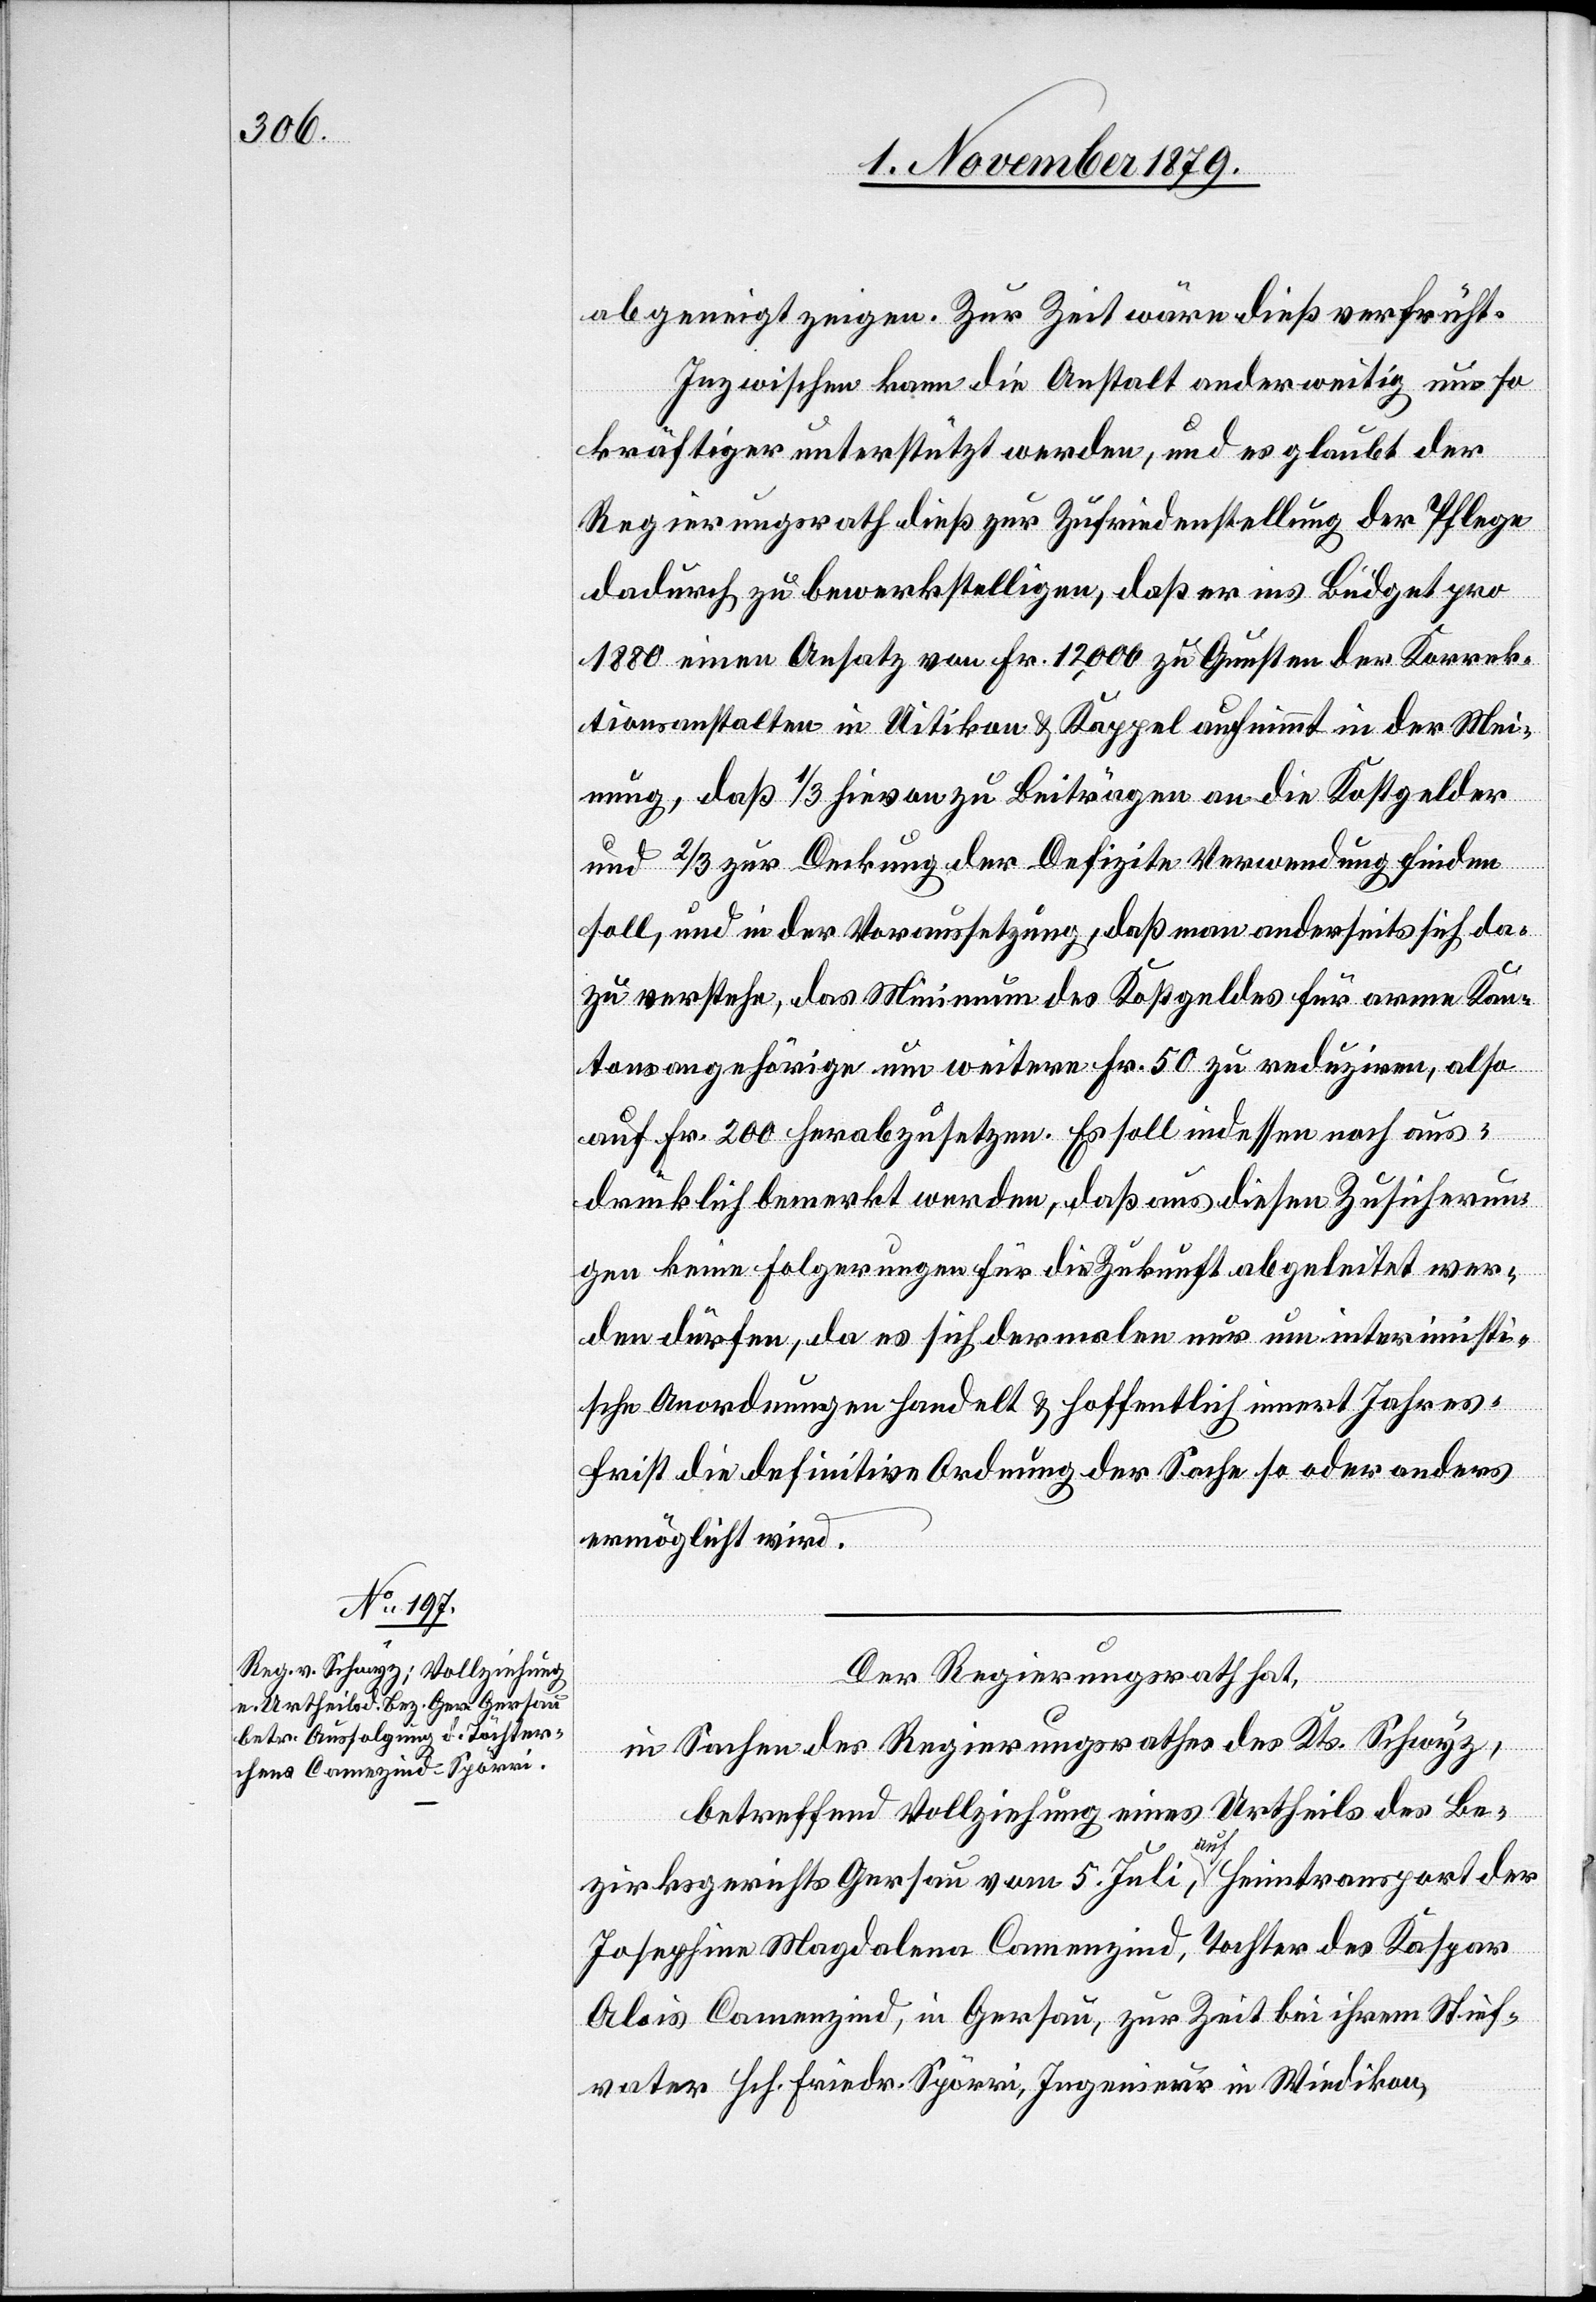
geneigt zeigen. Zur Zeit wäre dieß verfrüht.
Inzwischen kann die Anstalt anderweitig um so
kräftiger unterstützt werden, und es glaubt der
Regierungsrath dieß zur Zufriedenstellung der Pflege
dadurch zu bewerkstelligen, daß er ins Büdget pro
1880 einen Ansatz von Fr. 12,000 zu Gunsten der Korrek¬
tionsanstalten in Uitikon & Kappel aufnimmt in der Mei¬
nung, daß 1/3 hievon zu Beiträgen an die Kostgelder
und 2/3 zur Deckung der Defizite Verwendung finden
soll, und in der Voraussetzung, daß man anderseits sich da¬
zu verstehe, das Minimum des Kostgeldes für arme Kan¬
tonsangehörige um weitere Fr. 50 zu reduziren, also
auf Fr. 200 herabzusetzen. Es soll indessen noch aus¬
drücklich bemerkt werden, daß aus diesen Zusicherun¬
gen keine Folgerungen für die Zukunft abgeleitet wer¬
den dürfen, da es sich dermalen nur um interimisti¬
sche Anordnung handelt & hoffentlich innert Jahres¬
frist die definitive Ordnung der Sache so oder anders
ermöglicht wird.
Der Regierungsrath hat,
in Sachen des Regierungsrathes des Kts. Schwyz,
betreffend Vollziehung eines Urtheils des Be¬
zirksgerichts Gersau vom 5. Juli, auf Heimtransport der
Josephine Magdalena Camenzind, Tochter des Kaspar
Alois Camenzind, in Gersau, zur Zeit bei ihrem Stief¬
vater Hch. Friedrich Spörri, Ingenieur in Wiedikon,